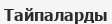
Тайпаларды